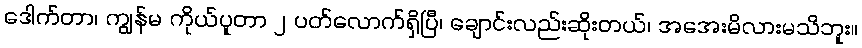
ဒေါက်တာ၊ ကျွန်မ ကိုယ်ပူတာ ၂ ပတ်လောက်ရှိပြီ၊ ချောင်းလည်းဆိုးတယ်၊ အအေးမိလားမသိဘူး။